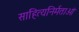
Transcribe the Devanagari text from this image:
साहित्यनिर्मताओं